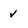
Character: v